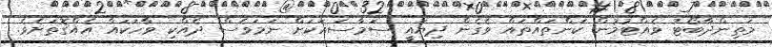
މަތިންދާބޯޓު ވެއްޓުމުން ކަންތައްތައް ވެގެން ދިޔައީ ސަމާސައަކަށް ނަމަވެސް ދެއްކި ވާހަކައާ އެއްގޮތަށެވެ.